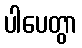
ပါပေတွာ